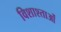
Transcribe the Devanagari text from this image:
विशाश्ताओं